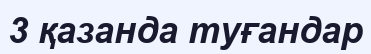
3 қазанда туғандар